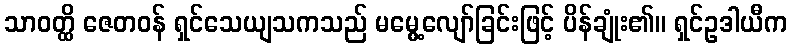
သာဝတ္ထိ ဇေတဝန် ရှင်သေယျသကသည် မမွေ့လျော်ခြင်းဖြင့် ပိန်ချုံး၏။ ရှင်ဥဒါယီက